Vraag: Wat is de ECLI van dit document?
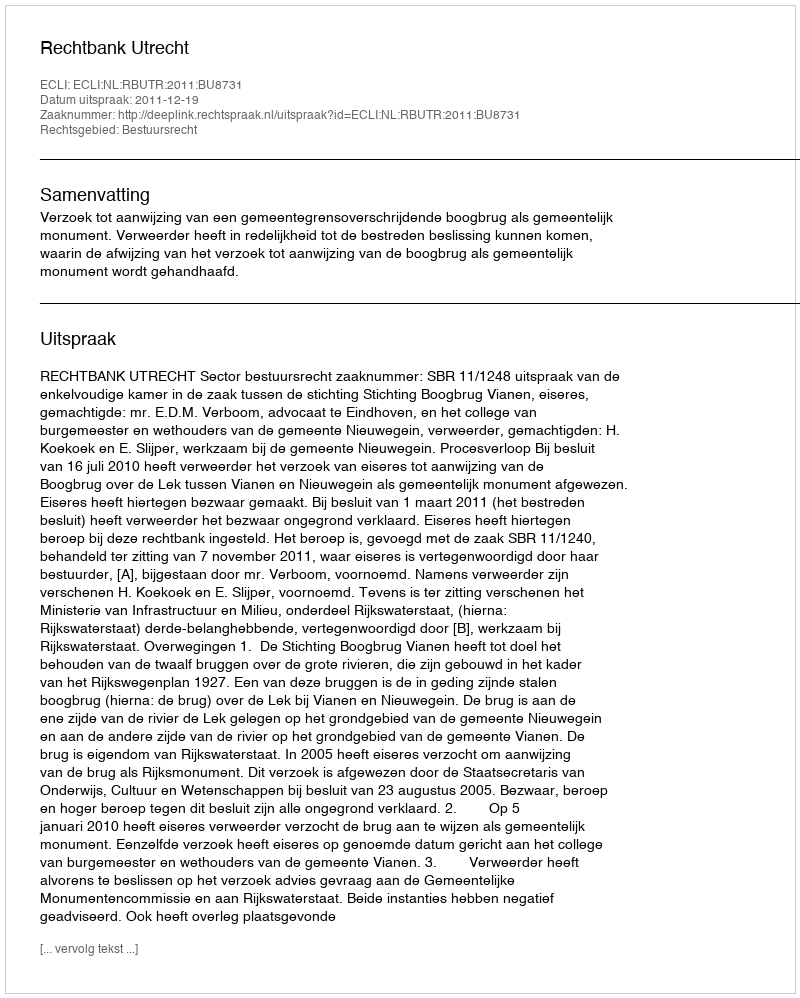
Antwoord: ECLI:NL:RBUTR:2011:BU8731